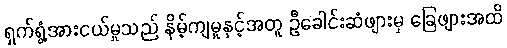
ရှက်ရွံ့အားငယ်မှုသည် နိမ့်ကျမှုနှင့်အတူ ဦခေါင်းဆံဖျားမှ ခြေဖျားအထိ